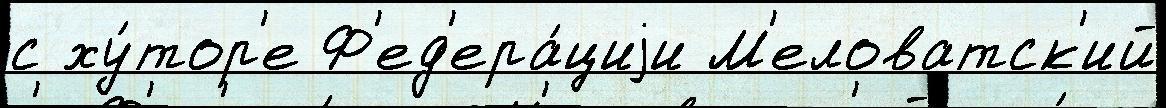
с ху́тор'е Ф'ед'ера́циjи М'еловатск'ий